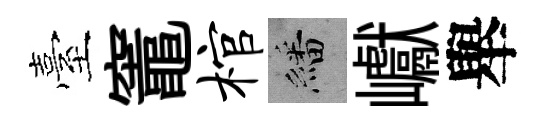
臺竈棺繙巘舉